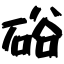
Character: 硲